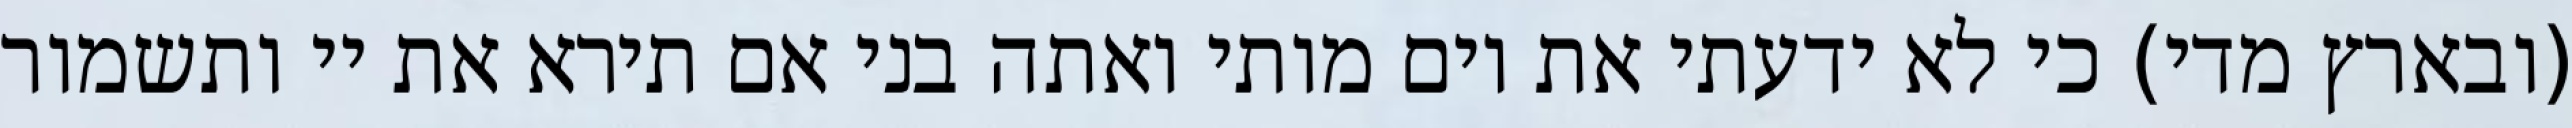
(ובארץ מדי) כי לא ידעתי את יום מותי ואתה בני אם תירא את יי ותשמור